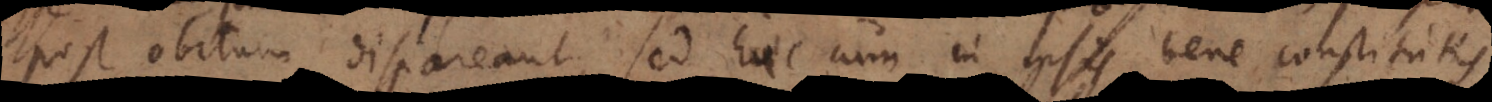
post obitum dispareant, sed haec cum in ipsis bene constitutis